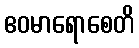
ဧဝမာရောစေတိ